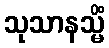
သုသာနသ္မိံ